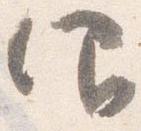
仰